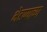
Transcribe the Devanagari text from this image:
भेटण्याच्या